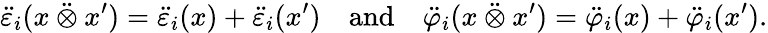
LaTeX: \ddot{\varepsilon}_{i}(x\mathbin{\ddot{\otimes}}x^{\prime})=\ddot{\varepsilon}_{i}(x)+\ddot{\varepsilon}_{i}(x^{\prime})\quad\mathrm{and}\quad\ddot{\varphi}_{i}(x\mathbin{\ddot{\otimes}}x^{\prime})=\ddot{\varphi}_{i}(x)+\ddot{\varphi}_{i}(x^{\prime}).